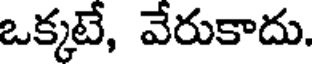
ఒక్కటే, వేరుకాదు.